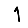
Digit: 1